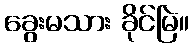
ခွေးမသား ခိုင်မြဲ။